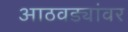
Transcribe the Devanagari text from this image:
आठवड्यांवर